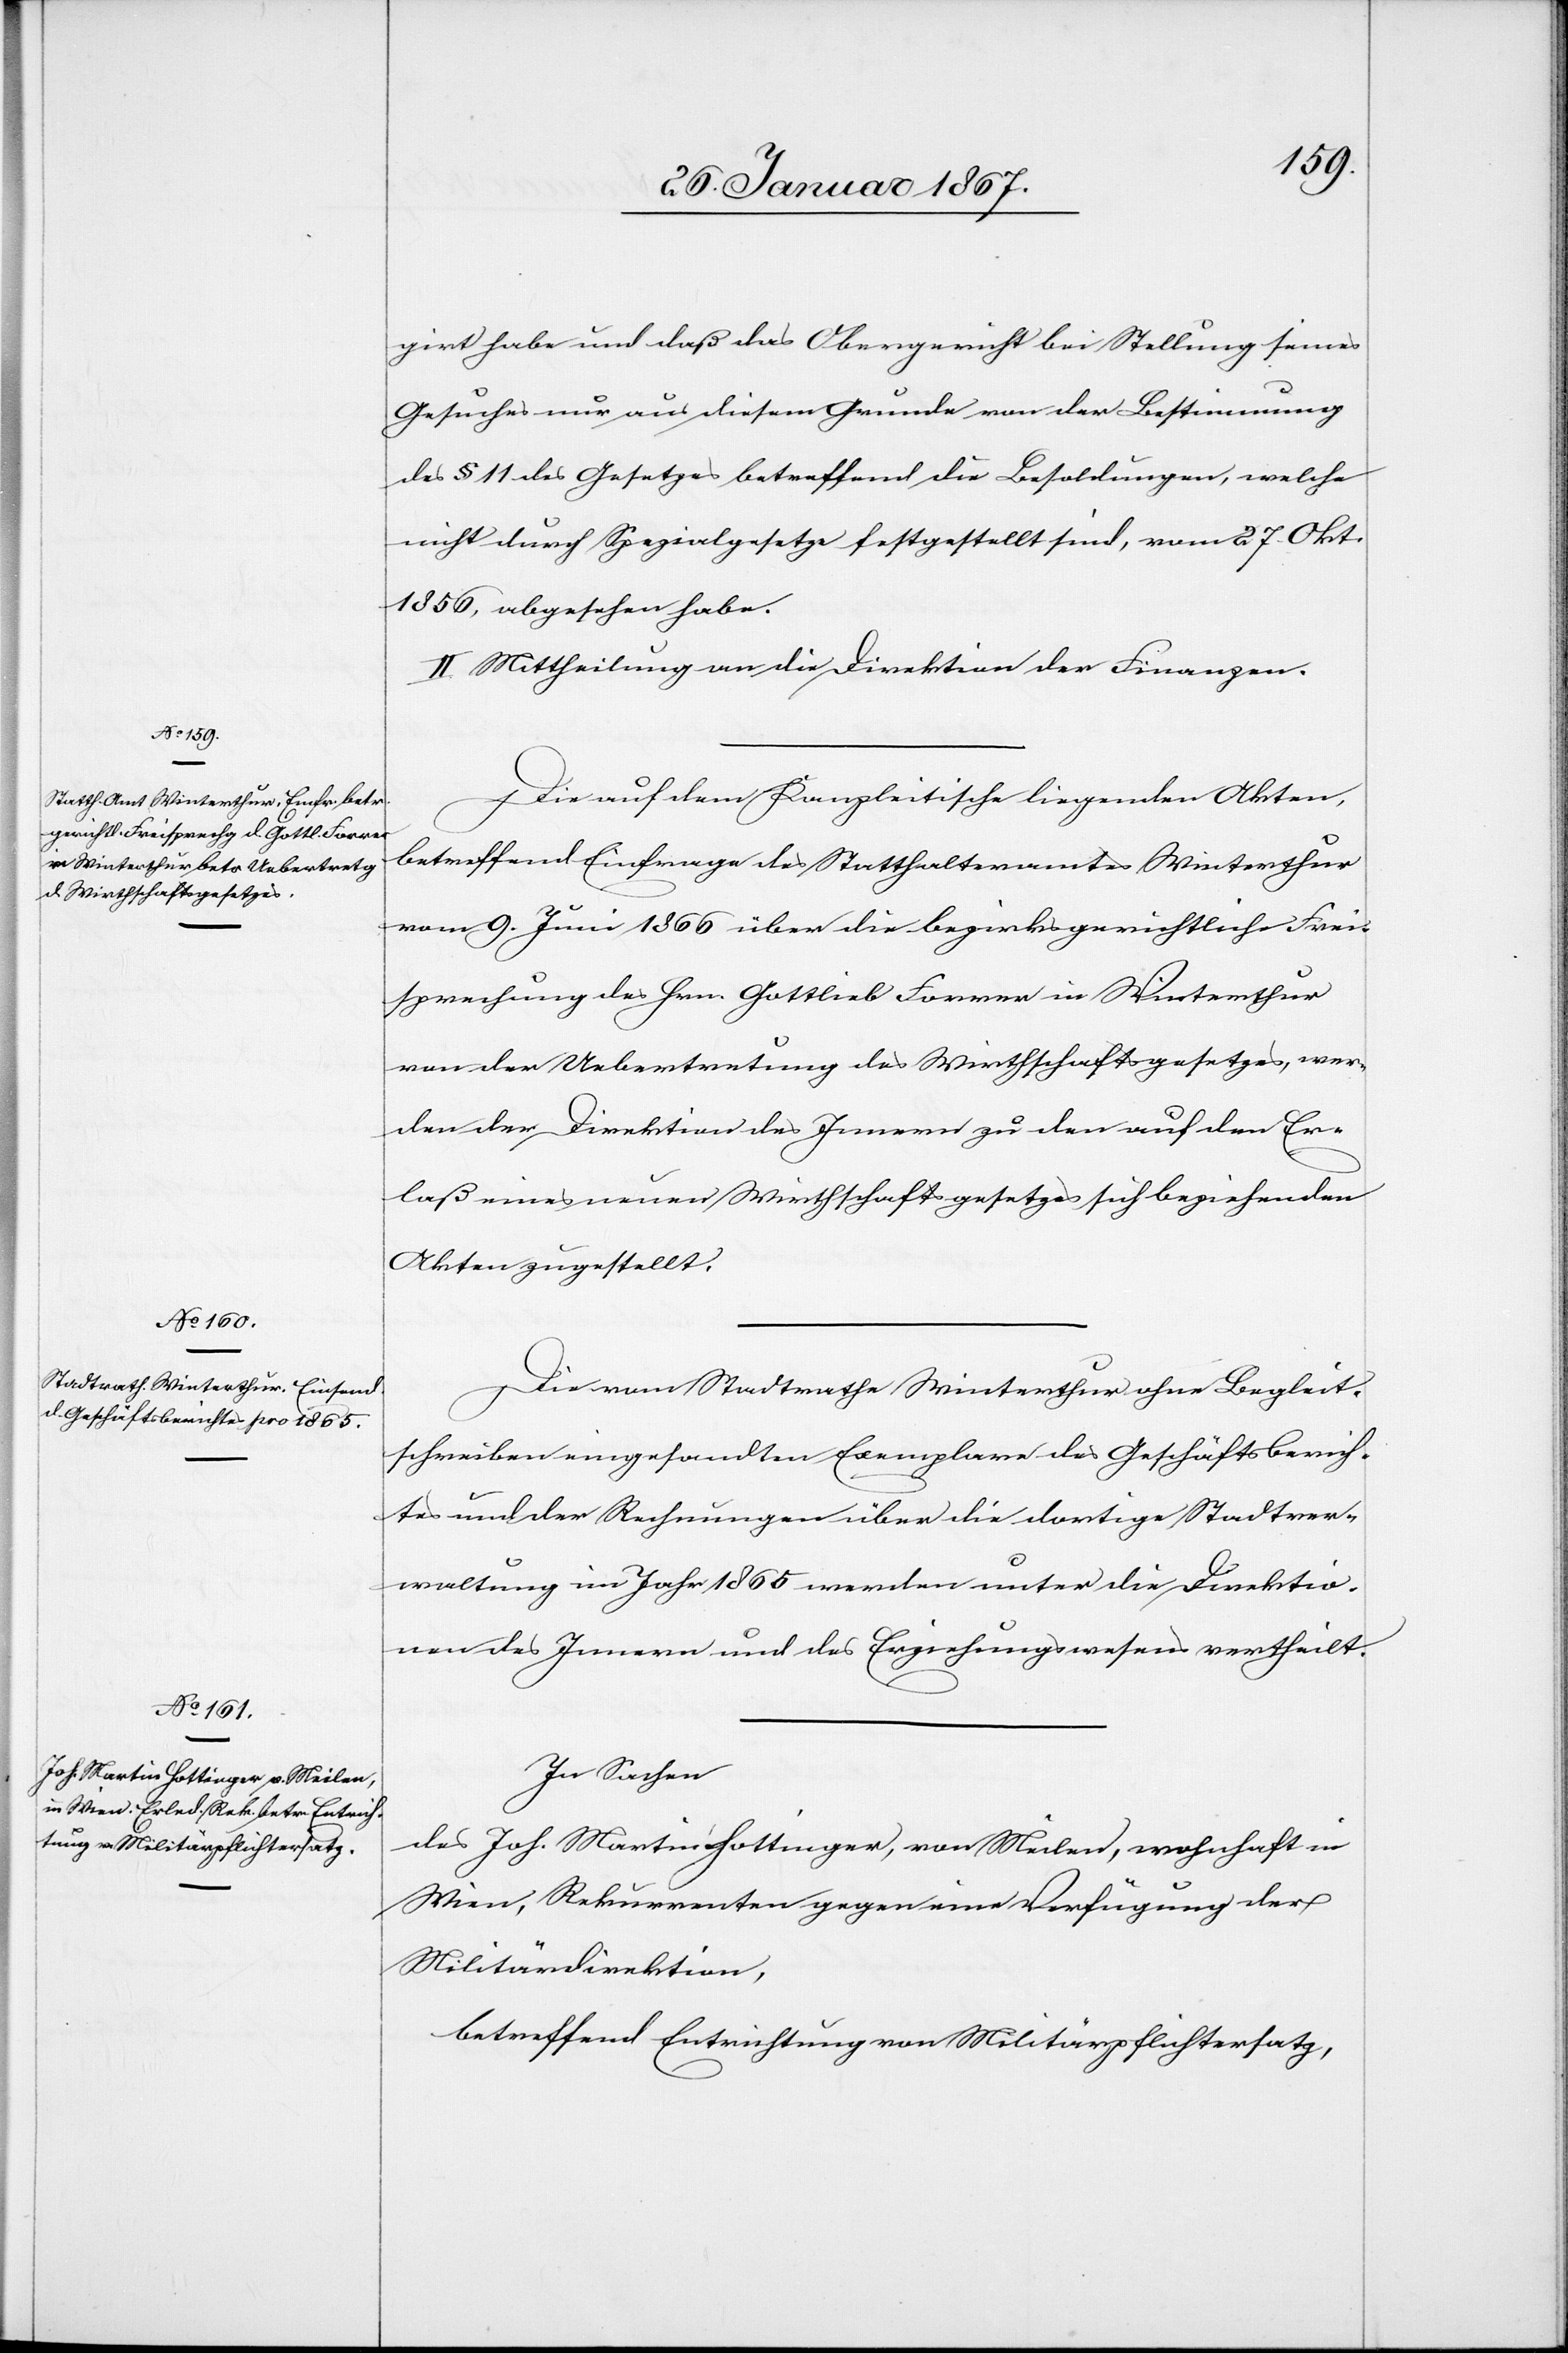
girt habe und daß das Obergericht bei Stellung seines
Gesuches nur aus diesem Grunde von der Bestimmung
des § 11 des Gesetzes betreffend die Besoldungen, welche
nicht durch Spezialgesetze festgestellt sind, vom 27. Okt.
1856 abgesehen habe.
II. Mittheilung an die Direktion der Finanzen.
Die auf dem Kanzleitische liegenden Akten,
betreffend Einfrage des Statthalteramtes Winterthur
vom 9. Juni 1866 über die bezirksgerichtliche Frei¬
sprechung des Hrn. Gottlieb Former in Winterthur
von der Uebertretung des Wirtschaftsgesetzes, wer¬
den der Direktion des Innern zu den auf den Er¬
laß eines neuen Wirtschaftsgesetzes sich beziehenden
Akten zugestellt.
Die vom Stadtrathe Winterthur ohne Begleit¬
schreiben eingesandten Exemplare des Geschäftsberich¬
tes und der Rechnungen über die dortige Stadtver¬
waltung im Jahr 1865 werden unter die Direktio¬
nen des Innern und des Erziehungswesens vertheilt.
In Sachen
des Joh. Martin Hottinger, von Meilen, wohnhaft in
Wien, Rekurrenten gegen eine Verfügung der
Militärdirektion,
betreffend Entrichtung von Militärpflichtersatz,